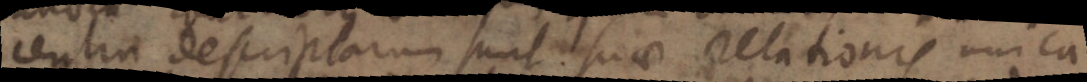
rentia descriptarum sunt suae relationis unica